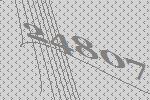
24807